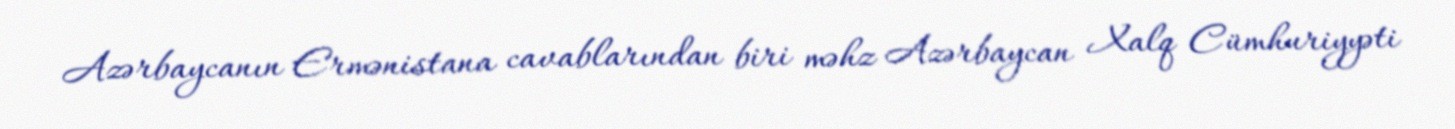
Azərbaycanın Ermənistana cavablarından biri məhz Azərbaycan Xalq Cümhuriyyəti